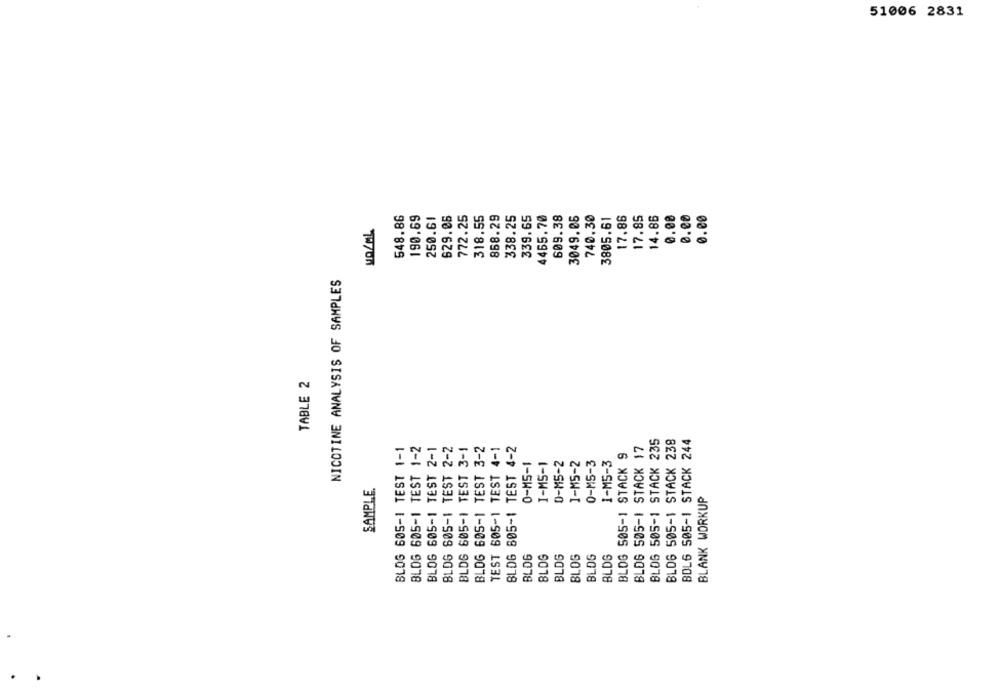
51006 2831
548.86
190.69
772.25
858.29
609.38
17.86
17.85
250.61
629.06
318.55
338.25
339.65
4465.70
3049.06
740.30
3805.61
14.86
0.ee
e.e0
0.00
NICOTINE ANALYSIS OF SAMPLES
TABLE 2
BOL6 505-1 STACK 244
BLOG 605-1 TEST 1-2
BLOG 505-1 STACK 235
BLOG 505-1 STACK 238
BLOG 605-1 TEST 1-1
BLOG 605-1 TEST 2-1
BLDG 605-1 TEST 2-2
BLDG 605-1 TEST 3-1
BLDG 605-1 TEST 3-2
TEST 605-1 TEST 4-1
BLDG 605-1 TEST 4-2
BLDG 505-1 STACK 17
BLOG 505-1 STACK 9
0-M5-1
I-MS-1
D-M5-2
1-M5-2
0-M5-3
I-MS-3
SAMPLE
BLANK WORKUP
BLDG
BLDG
BLDG
BLOG
BLOG
BLDS